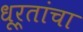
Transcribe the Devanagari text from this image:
धूर्तांचा